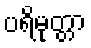
ပရိမုတ္တာ